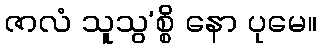
ဇာလံ သူသွ’စ္စိ နော ပုမေ။